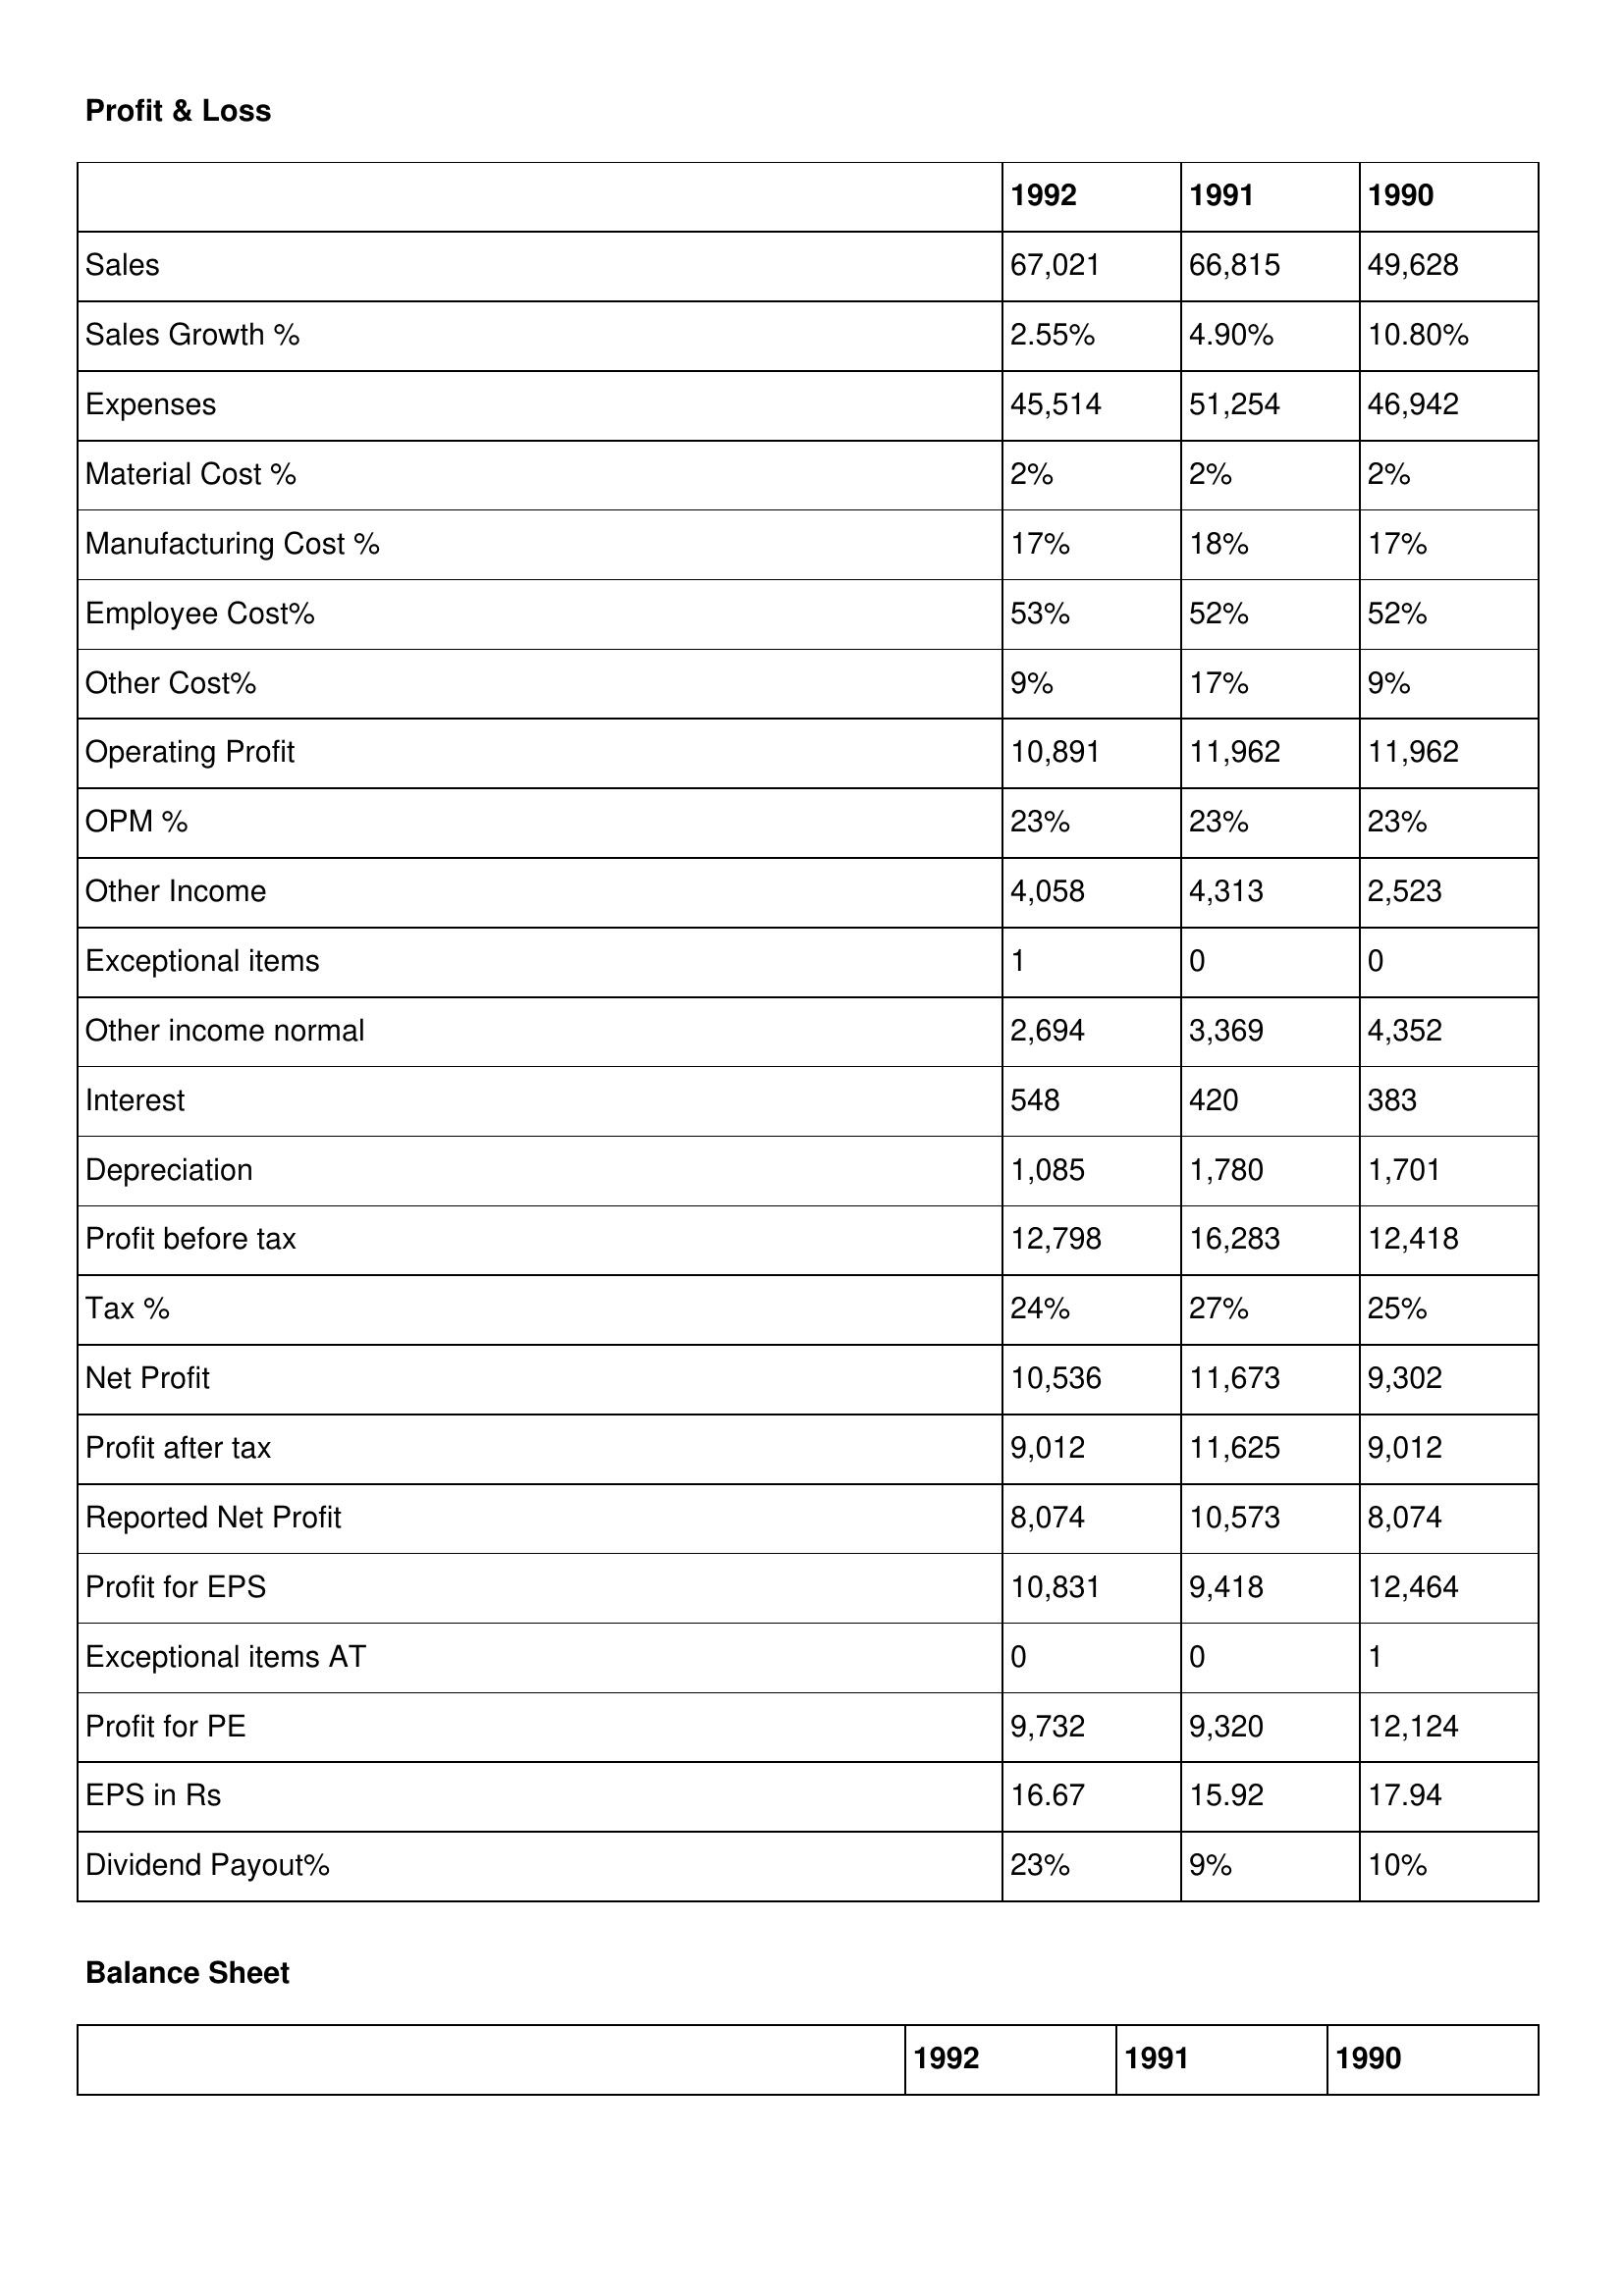
gt_parse: 1992: Profit & Loss: Sales: 67,021
Sales Growth %: 2.55%
Expenses: 45,514
Material Cost %: 2%
Manufacturing Cost %: 17%
Employee Cost%: 53%
Other Cost%: 9%
Operating Profit: 10,891
OPM %: 23%
Other Income: 4,058
Exceptional items: 1
Other income normal: 2,694
Interest: 548
Depreciation: 1,085
Profit before tax: 12,798
Tax %: 24%
Net Profit: 10,536
Profit after tax: 9,012
Reported Net Profit: 8,074
Profit for EPS: 10,831
Exceptional items AT: 0
Profit for PE: 9,732
EPS in Rs: 16.67
Dividend Payout%: 23%
1991: Profit & Loss: Sales: 66,815
Sales Growth %: 4.90%
Expenses: 51,254
Material Cost %: 2%
Manufacturing Cost %: 18%
Employee Cost%: 52%
Other Cost%: 17%
Operating Profit: 11,962
OPM %: 23%
Other Income: 4,313
Exceptional items: 0
Other income normal: 3,369
Interest: 420
Depreciation: 1,780
Profit before tax: 16,283
Tax %: 27%
Net Profit: 11,673
Profit after tax: 11,625
Reported Net Profit: 10,573
Profit for EPS: 9,418
Exceptional items AT: 0
Profit for PE: 9,320
EPS in Rs: 15.92
Dividend Payout%: 9%
1990: Profit & Loss: Sales: 49,628
Sales Growth %: 10.80%
Expenses: 46,942
Material Cost %: 2%
Manufacturing Cost %: 17%
Employee Cost%: 52%
Other Cost%: 9%
Operating Profit: 11,962
OPM %: 23%
Other Income: 2,523
Exceptional items: 0
Other income normal: 4,352
Interest: 383
Depreciation: 1,701
Profit before tax: 12,418
Tax %: 25%
Net Profit: 9,302
Profit after tax: 9,012
Reported Net Profit: 8,074
Profit for EPS: 12,464
Exceptional items AT: 1
Profit for PE: 12,124
EPS in Rs: 17.94
Dividend Payout%: 10%